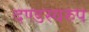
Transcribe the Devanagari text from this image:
दण्डस्वरुप